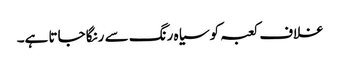
غلاف کعبہ کو سیاہ رنگ سے رنگا جاتا ہے۔